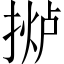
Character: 𫽤